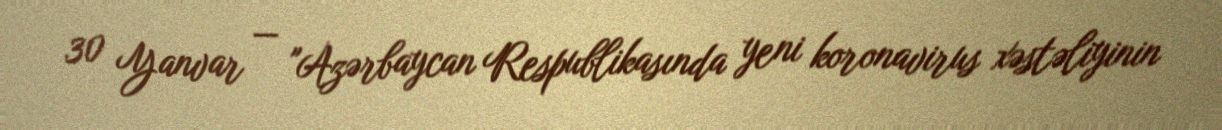
30 Yanvar — "Azərbaycan Respublikasında yeni koronavirus xəstəliyinin